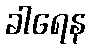
ခါရေန